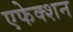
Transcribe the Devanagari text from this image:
एफेक्शन